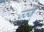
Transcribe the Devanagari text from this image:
ज्ज्ज्